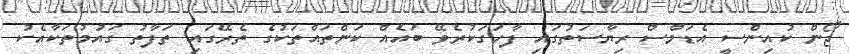
ޖޯން ކުއިންސީ އެޑަމްސް ރިޔާސަތުގައި ފާހަގަކުރެވޭ ބައެއް ކަންތައްތަކުގެ ތެރޭގައި ތަފާތު ގައުމުތަކާއެކު